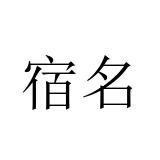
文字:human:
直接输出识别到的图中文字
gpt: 宿名